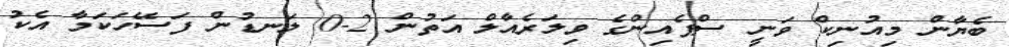
ބެޔާން މިއުނިކް ވަނީ ސްޕެއިންގެ ވިލަރެއާލް އަތުން 2-0 ލަނޑުން ފަސޭހަކަމާ އެކު